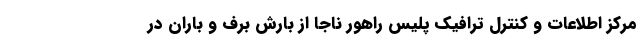
مرکز اطلاعات و کنترل ترافیک پلیس راهور ناجا از بارش برف و باران در